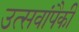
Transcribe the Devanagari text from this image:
उत्सवांपैकी